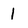
Character: l